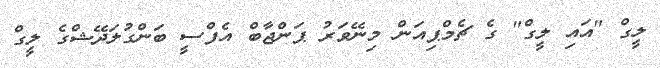
ލީގް "އައި ލީގް" ގެ ޗެމްޕިއަން މިނޭވަރު ޕަންޖާބް އެފްސީ ބަންގުލަދޭޝްގެ ލީގް